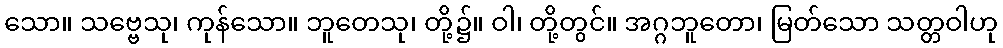
သော။ သဗ္ဗေသု၊ ကုန်သော။ ဘူတေသု၊ တို့၌။ ဝါ၊ တို့တွင်။ အဂ္ဂဘူတော၊ မြတ်သော သတ္တဝါဟု